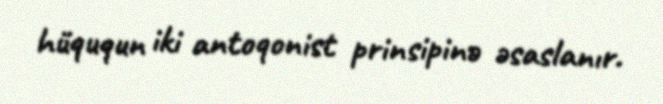
hüququn iki antoqonist prinsipinə əsaslanır.